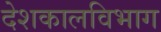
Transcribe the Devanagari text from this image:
देशकालविभाग